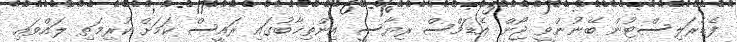
ފެޑެރަލިސްޓުން ބޭނުންވީ ޖޯން އެޑަމްސް ރިޔާސީ އިންތިޚާބުގައި ރައީސް ކަމަށް ކުރިމަތި ލައްވައި